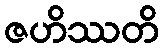
ဇဟိဿတိ